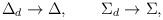
LaTeX: \begin{align*}\Delta_d \rightarrow \Delta, \qquad\Sigma_d \rightarrow \Sigma,\end{align*}